Civil Veterinary Department. Madras. Admin. report 1926-33 - 1926-1933
Year: 1926
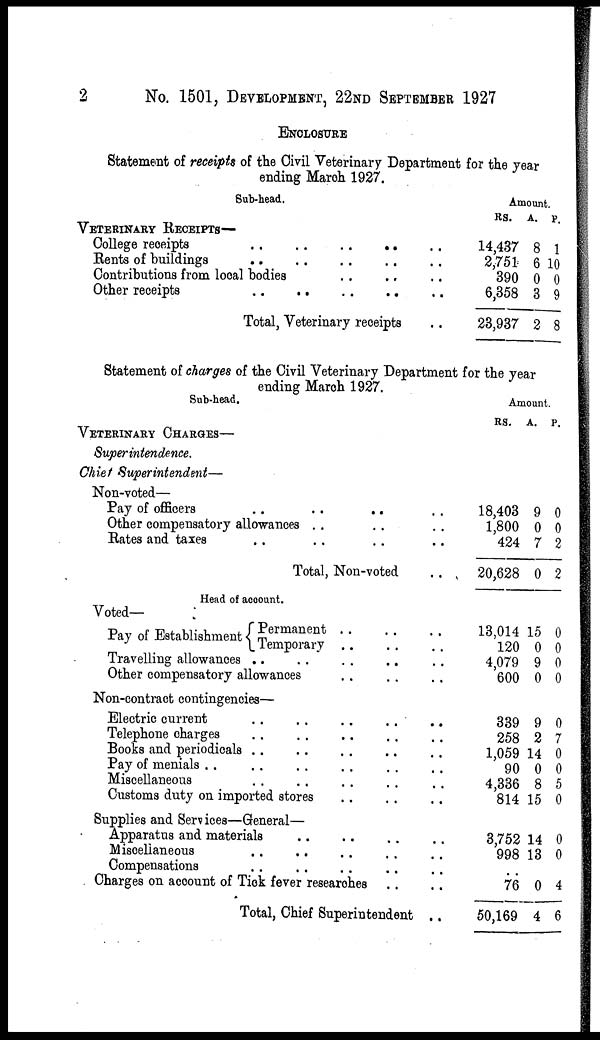
2
No. 1501, DEVELOPMENT, 22ND SEPTEMBER 1927
ENCLOSURE
Statement of receipts of the Civil Veterinary Department for the year
ending March 1927.
Sub-head.
VETERINARY RECEIPTS—
College receipts .. .. .. .. ..
Rents of buildings .. .. .. .. .. ..
Contributions from local bodies .. .. .. ..
Other receipts
..
.. .. .. ..
Total, Veterinary receipts
..
Amount.
RS.
14,437
2,751
390
6,358
23,937
A.
8
6
0
3
2
P.
1
10
0
9
8
Statement of charges of the Civil Veterinary Department for the year
ending March 1927.
Sub-head.
VETERINARY CHARGES—
Superintendence.
Chief Superintendent—
Non-voted—
Pay of officers
..
..
..
Other compensatory allowances .. .. ..
Rates and taxes .. .. ..
Total, Non-voted ..
Head of account.
Voted—
Pay of Establishment Permanent .. .. ..
Temporary .. .. ..
Travelling allowances .. .. .. .. ..
Other compensatory allowances .. .. .. .. ..
Non-contract contingencies—
Electric current .. .. .. .. ..
Telephone charges .. .. .. .. ..
Books and periodicals .. .. .. .. ..
Pay of menials .. .. .. .. ..
Miscellaneous .. .. .. .. ..
Customs duty on imported stores .. .. ..
Supplies and Services—General—
Apparatus and materials .. .. .. ..
Miscellaneous
.. .. .. .. ..
Compensations .. .. .. .. ..
Charges on account of Tick fever researches .. .. ..
Total, Chief Superintendent ..
Amount.
RS.
18,403
1,800
424
20,628
13,014
120
4,079
600
339
258
1,059
90
4,336
814
3,752
998
76
50,169
A.
9
0
7
0
15
0
9
0
9
2
14
0
8
15
14
13
0
4
P.
0
0
2
2
0
0
0
0
0
7
0
0
5
0
0
0
4
6